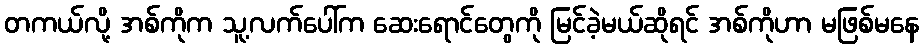
တကယ်လို့ အစ်ကိုက သူ့လက်ပေါ်က ဆေးရောင်တွေကို မြင်ခဲ့မယ်ဆိုရင် အစ်ကိုဟာ မဖြစ်မနေ